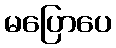
မပြောပေ